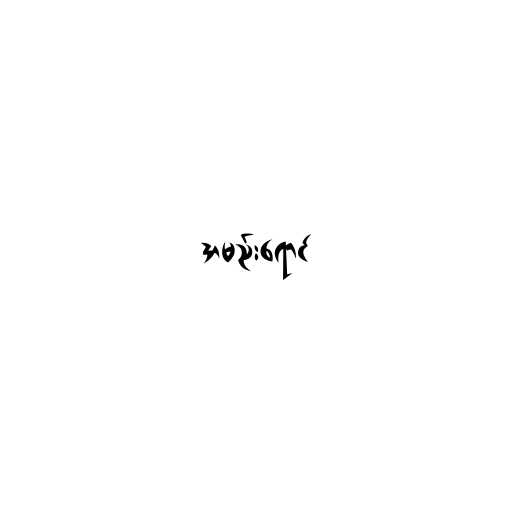
အမည်းရောင်